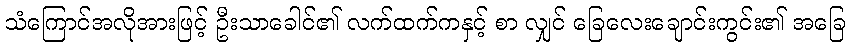
သံကြောင်အလိုအားဖြင့် ဦးသာခေါင်၏ လက်ထက်ကနှင့် စာ လျှင် ခြေလေးချောင်းကွင်း၏ အခြေ